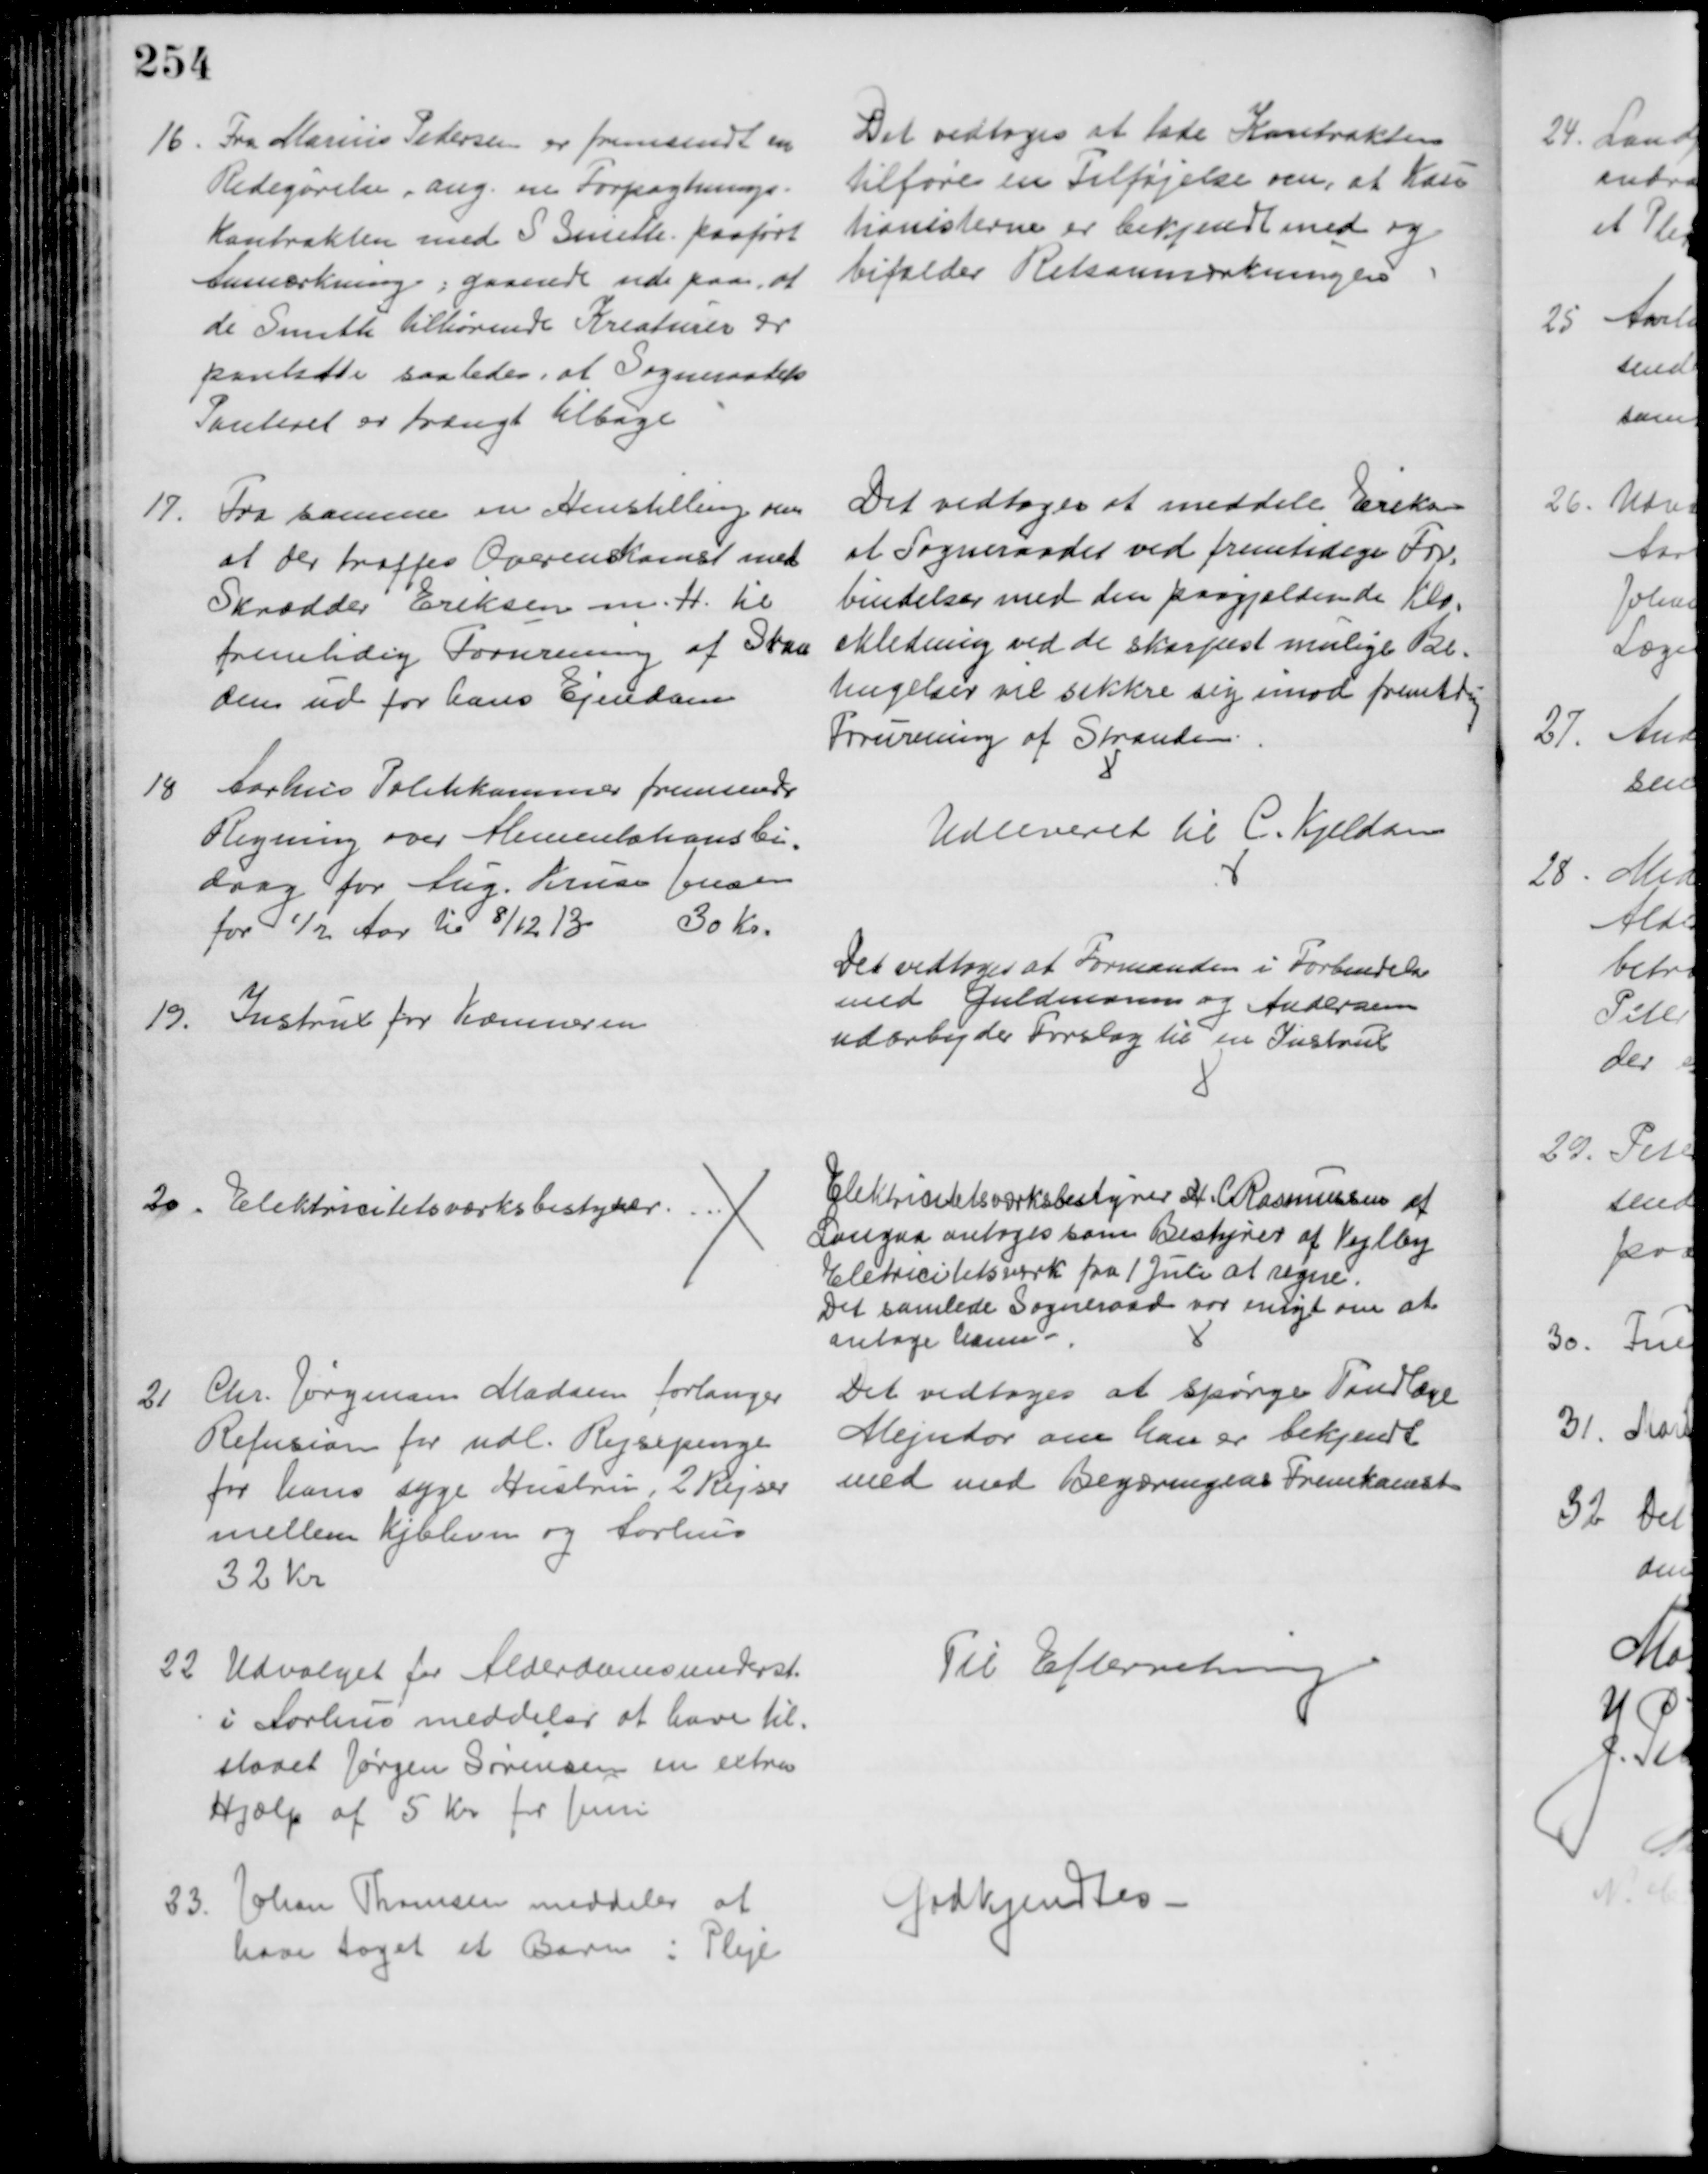
Transskription:
16. Fra Marius Pedersen er fremsendt en
Redegørelse, ang. en Forpagtnings-
kontrakten med S Smith paaført
Anmærkning; gaaende ude paa, at
de Smith tilhørende Kreaturer er
pantsatte saaledes, at Sogneraadets
Panteret er trængt tilbage
Det vedtoges at lade Kontrakten
tilføre en Tilføjelse om, at Kau 
tionisterne er bekjendt med og 
bifalder Retsanmærkningen
17.
Fra samme en Henstilling om 
at der træffes Overenskomst med
Skrædder Eriksen m. H. til
fremtidig Forurening af Stran
den ud for hans Ejendom
Det vedtoges at meddele Eriksen
at Sogneraadet ved fremtidige For-
bindelser med den paagjældende Klo-
akledning ved de skarpest mulige Be-
tingelser vil sikkre sig imod fremtidig
Foruning af Stranden.
18 Aarhus Politikammer fremsender
Regning over Alimentationsbi-
drag for Aug. Kruse Jensen
for ½ Aar til 8/12 13
30 Kr.
Udleveret til C. Kjeldsen
19. Instrux for Kæmneren
Det vedtoges at Formanden i Forbindelse 
med Guldmann og Andersen
udarbejder Forslag til en Instrux
20. Elektricitetsværksbestyrer.
Elektricitetsværksbestyrer H. C. Rasmussen af
Langaa antoges som Bestyrer af Vejlby
Eletricitetsværk fra 1 Juli at regne.
Det samlede Sogneraad var enigt om at 
antage ham
21
Chr. Jørgensen Madsen forlanger
Refusion for udl. Rejsepenge
for hans syge Hustru, 2 Rejser
mellem Kjbhvn og Aarhus
32 Kr
Det vedtoges at spørge Tandlæge
Mejndor om han er bekjendt 
med med Begæringens Fremkomst
22. Udvalget for Alderdomsunderst.
i Aarhus meddeler at have til-
staaet Jørgen Sørensen en extra
Hjælp af 5 Kr for Juni
Til Efterretning
23.
Johan Thomsen meddeler at
have taget et Barn i Pleje
Godkjendtes